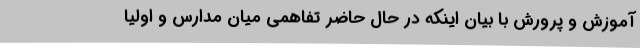
آموزش و پرورش با بیان اینکه در حال حاضر تفاهمی میان مدارس و اولیا